画像に写った文字を読んでください
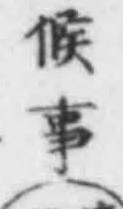
「候事(」と書いてあります